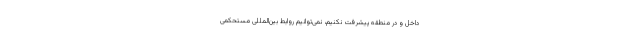
داخل و در منطقه پیشرفت نکنیم، نمی‌توانیم روابط بین‌المللی مستحکمی